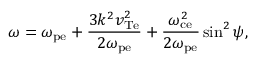
\omega = \omega _ { \mathrm { p e } } + \frac { 3 k ^ { 2 } v _ { \mathrm { T e } } ^ { 2 } } { 2 \omega _ { \mathrm { p e } } } + \frac { \omega _ { \mathrm { c e } } ^ { 2 } } { 2 \omega _ { \mathrm { p e } } } \sin ^ { 2 } { \psi } ,